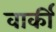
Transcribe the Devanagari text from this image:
वार्की